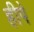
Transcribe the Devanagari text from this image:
हीपे